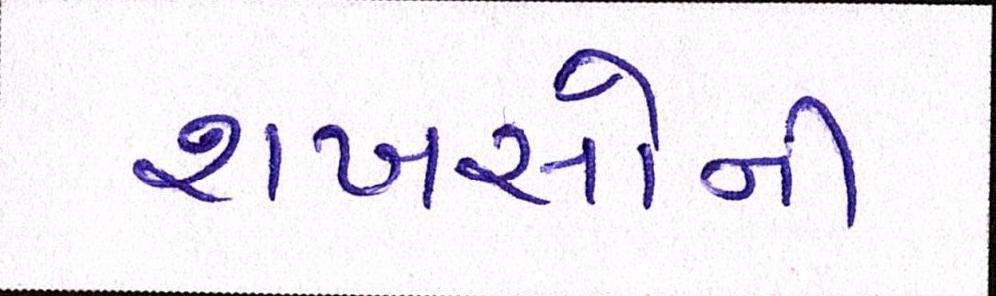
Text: શખસોની